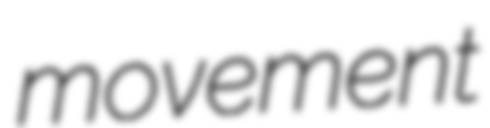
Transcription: movement